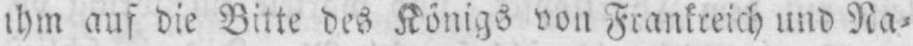
ihm auf die Bitte des Königs von Frankreich und Na⸗